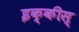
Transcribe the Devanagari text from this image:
इक्कीस्